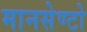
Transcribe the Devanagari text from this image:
मानसेण्टो